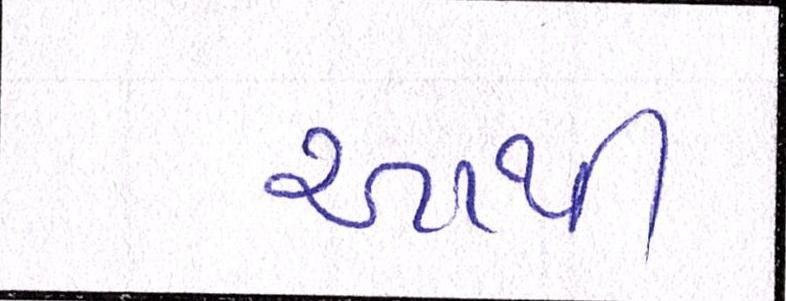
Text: આથી